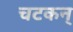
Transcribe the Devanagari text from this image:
चटकन्